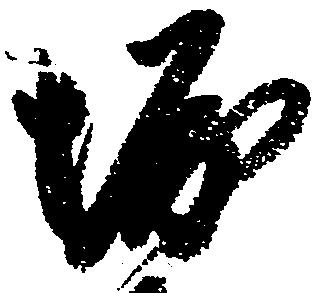
堀